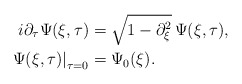
\begin{align*}i \partial_{\tau} \Psi(\xi, \tau) &= \sqrt{1-\partial_{\xi}^{2}}\, \Psi(\xi, \tau), \\\left.\Psi(\xi, \tau)\right|_{\tau=0} &= \Psi_{0}(\xi).\end{align*}